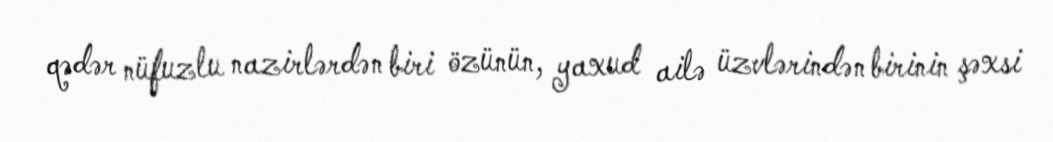
qədər nüfuzlu nazirlərdən biri özünün, yaxud ailə üzvlərindən birinin şəxsi